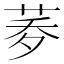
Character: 𦰎